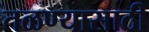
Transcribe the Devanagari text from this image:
तळण्यासाठी